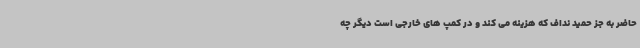
حاضر به جز حمید نداف که هزینه می کند و در کمپ های خارجی است دیگر چه